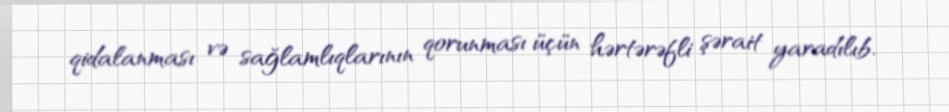
qidalanması və sağlamlıqlarının qorunması üçün hərtərəfli şərait yaradılıb.